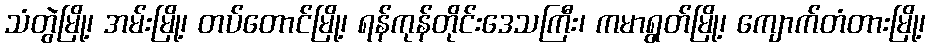
သံတွဲမြို့၊ အမ်းမြို့၊ တပ်တောင်မြို့၊ ရန်ကုန်တိုင်းဒေသကြီး၊ ကမာရွတ်မြို့၊ ကျောက်တံတားမြို့၊